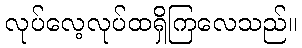
လုပ်လေ့လုပ်ထရှိကြလေသည်။